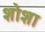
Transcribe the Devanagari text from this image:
शोशा